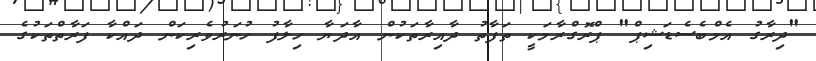
"ދިރާގު އެމްބެސެޑަޝިޕް" ޕްރޮގްރާމަކީ ތަފާތު ދާއިރާތަކުން އާދަޔާ ހިލާފު ހުނަރުވެރިކަން ދައްކާ ފަރާތްތަކުގެ